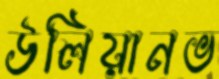
উলিয়ানভ